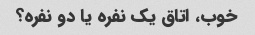
خوب، اتاق یک نفره یا دو نفره؟